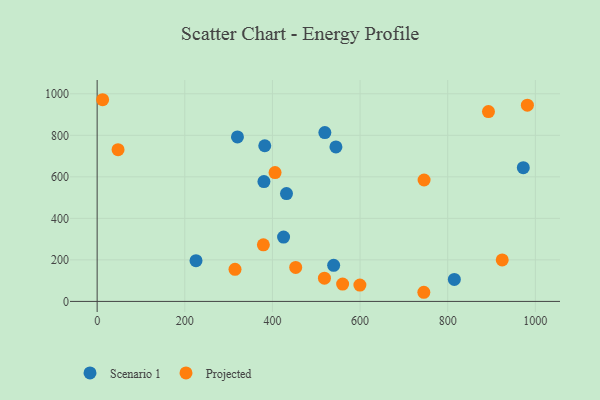
{"axis": {"x": "Distance", "y": "Demand"}, "legend": ["Projected", "Scenario 1"], "data": [{"x": "382.5", "y": 749.8, "type": "Scenario 1"}, {"x": "544.9", "y": 744.0, "type": "Scenario 1"}, {"x": "425.4", "y": 309.9, "type": "Scenario 1"}, {"x": "320.2", "y": 792.0, "type": "Scenario 1"}, {"x": "539.7", "y": 174.0, "type": "Scenario 1"}, {"x": "815.1", "y": 105.8, "type": "Scenario 1"}, {"x": "225.6", "y": 196.0, "type": "Scenario 1"}, {"x": "972.5", "y": 644.3, "type": "Scenario 1"}, {"x": "519.6", "y": 813.0, "type": "Scenario 1"}, {"x": "432.1", "y": 519.2, "type": "Scenario 1"}, {"x": "380.6", "y": 577.2, "type": "Scenario 1"}, {"x": "893.0", "y": 914.5, "type": "Projected"}, {"x": "453.1", "y": 163.6, "type": "Projected"}, {"x": "560.2", "y": 83.5, "type": "Projected"}, {"x": "746.1", "y": 584.8, "type": "Projected"}, {"x": "379.3", "y": 272.3, "type": "Projected"}, {"x": "599.6", "y": 78.7, "type": "Projected"}, {"x": "314.6", "y": 154.5, "type": "Projected"}, {"x": "924.4", "y": 199.9, "type": "Projected"}, {"x": "47.7", "y": 730.6, "type": "Projected"}, {"x": "745.5", "y": 44.0, "type": "Projected"}, {"x": "406.0", "y": 620.7, "type": "Projected"}, {"x": "12.5", "y": 971.4, "type": "Projected"}, {"x": "518.7", "y": 112.1, "type": "Projected"}, {"x": "981.8", "y": 945.0, "type": "Projected"}]}